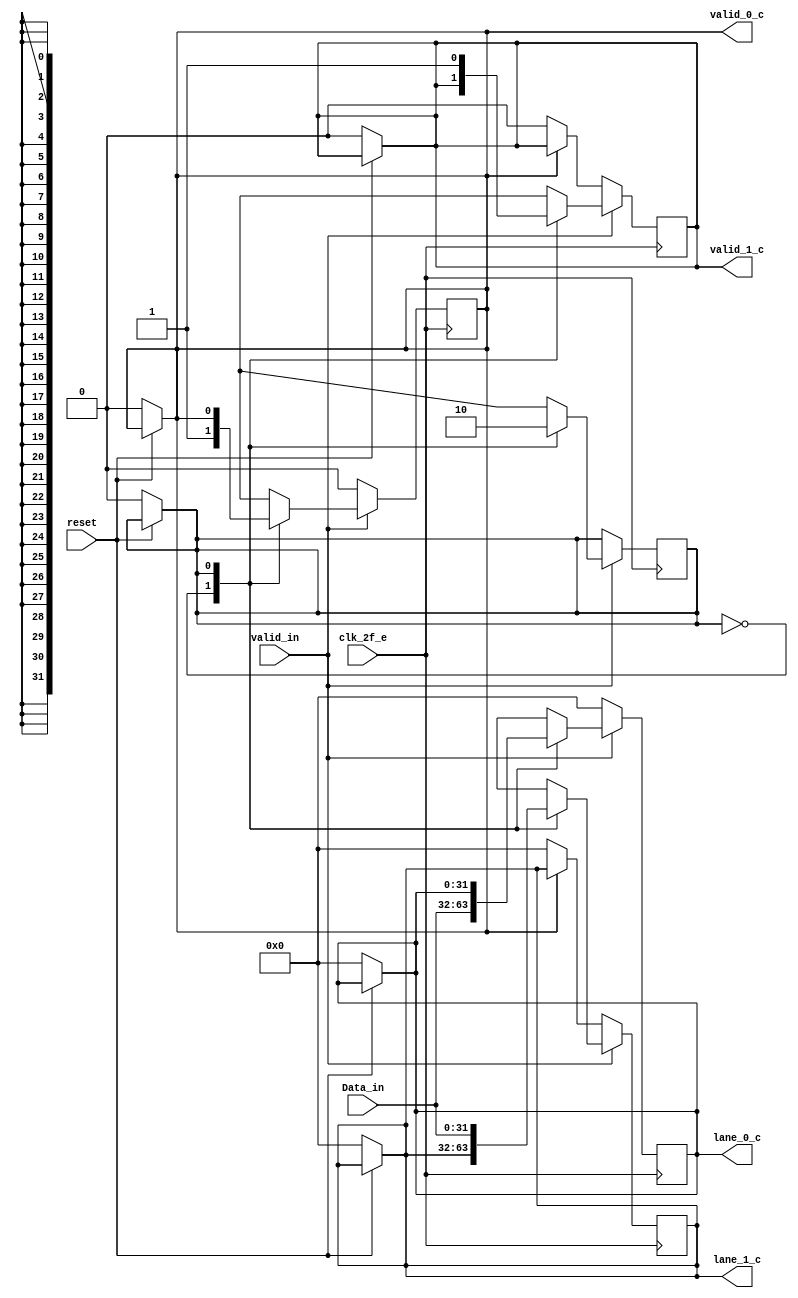
/* Generated by Yosys 0.9 (git sha1 1979e0b) */

(* src = "byte_striping_e.v:1" *)
module byte_striping_e(clk_2f_e, reset, valid_in, Data_in, valid_0_c, lane_0_c, valid_1_c, lane_1_c);
  (* src = "byte_striping_e.v:13" *)
  reg _00_;
  (* src = "byte_striping_e.v:13" *)
  reg [31:0] _01_;
  (* src = "byte_striping_e.v:13" *)
  reg [31:0] _02_;
  (* src = "byte_striping_e.v:13" *)
  reg _03_;
  (* src = "byte_striping_e.v:13" *)
  reg _04_;
  (* src = "byte_striping_e.v:23" *)
  reg _05_;
  (* src = "byte_striping_e.v:23" *)
  reg [31:0] _06_;
  (* src = "byte_striping_e.v:23" *)
  reg [31:0] _07_;
  (* src = "byte_striping_e.v:23" *)
  reg _08_;
  (* src = "byte_striping_e.v:23" *)
  reg _09_;
  (* src = "byte_striping_e.v:14" *)
  wire _10_;
  (* src = "byte_striping_e.v:43" *)
  wire _11_;
  (* src = "byte_striping_e.v:5" *)
  input [31:0] Data_in;
  (* src = "byte_striping_e.v:2" *)
  input clk_2f_e;
  (* src = "byte_striping_e.v:11" *)
  reg contador;
  (* src = "byte_striping_e.v:7" *)
  output [31:0] lane_0_c;
  reg [31:0] lane_0_c;
  (* src = "byte_striping_e.v:9" *)
  output [31:0] lane_1_c;
  reg [31:0] lane_1_c;
  (* src = "byte_striping_e.v:3" *)
  input reset;
  (* src = "byte_striping_e.v:6" *)
  output valid_0_c;
  reg valid_0_c;
  (* src = "byte_striping_e.v:8" *)
  output valid_1_c;
  reg valid_1_c;
  (* src = "byte_striping_e.v:4" *)
  input valid_in;
  assign _10_ = ~(* src = "byte_striping_e.v:14" *) reset;
  assign _11_ = ~(* src = "byte_striping_e.v:43" *) valid_0_c;
  always @* begin
    _04_ = valid_1_c;
    _02_ = lane_1_c;
    _00_ = contador;
    _03_ = valid_0_c;
    _01_ = lane_0_c;
    (* src = "byte_striping_e.v:14" *)
    casez (_10_)
      /* src = "byte_striping_e.v:14" */
      1'h1:
        begin
          _03_ = 1'h0;
          _01_ = 32'd0;
          _04_ = 1'h0;
          _02_ = 32'd0;
          _00_ = 1'h0;
        end
      default:
          /* empty */;
    endcase
  end
  always @* begin
      valid_1_c <= _04_;
      lane_1_c <= _02_;
      contador <= _00_;
      valid_0_c <= _03_;
      lane_0_c <= _01_;
  end
  always @* begin
    _09_ = valid_1_c;
    _07_ = lane_1_c;
    _05_ = contador;
    _08_ = valid_0_c;
    _06_ = lane_0_c;
    (* src = "byte_striping_e.v:24" *)
    casez (valid_in)
      /* src = "byte_striping_e.v:24" */
      1'h1:
          (* src = "byte_striping_e.v:25" *)
          casez (contador)
            /* src = "byte_striping_e.v:26" */
            1'h0:
              begin
                _05_ = 1'h1;
                _06_ = Data_in;
                _08_ = 1'h1;
              end
            /* src = "byte_striping_e.v:32" */
            1'h1:
              begin
                _05_ = 1'h0;
                _07_ = Data_in;
                _09_ = 1'h1;
              end
            default:
                /* empty */;
          endcase
      /* src = "byte_striping_e.v:40" */
      default:
        begin
          _08_ = 1'h0;
          _06_ = 32'd0;
          (* src = "byte_striping_e.v:43" *)
          casez (_11_)
            /* src = "byte_striping_e.v:43" */
            1'h1:
              begin
                _07_ = 32'd0;
                _09_ = 1'h0;
              end
            default:
                /* empty */;
          endcase
        end
    endcase
  end
  always @(posedge clk_2f_e) begin
      valid_1_c <= _09_;
      lane_1_c <= _07_;
      contador <= _05_;
      valid_0_c <= _08_;
      lane_0_c <= _06_;
  end
endmodule

(* src = "parallel_serial_e.v:1" *)
module parallel_serial_e(clk_32f, reset, valid_in, Data_in, Data_out_c);
  (* src = "parallel_serial_e.v:11" *)
  reg _0_;
  (* src = "parallel_serial_e.v:11" *)
  reg [2:0] _1_;
  (* src = "parallel_serial_e.v:11" *)
  reg [7:0] _2_;
  (* src = "parallel_serial_e.v:19" *)
  reg _3_;
  (* src = "parallel_serial_e.v:19" *)
  reg [2:0] _4_;
  (* src = "parallel_serial_e.v:19" *)
  reg [7:0] _5_;
  (* src = "parallel_serial_e.v:12" *)
  wire _6_;
  (* src = "parallel_serial_e.v:5" *)
  input [7:0] Data_in;
  (* src = "parallel_serial_e.v:6" *)
  output Data_out_c;
  reg Data_out_c;
  (* src = "parallel_serial_e.v:2" *)
  input clk_32f;
  (* src = "parallel_serial_e.v:9" *)
  reg [2:0] contador;
  (* src = "parallel_serial_e.v:8" *)
  reg [7:0] data2send;
  (* src = "parallel_serial_e.v:3" *)
  input reset;
  (* src = "parallel_serial_e.v:4" *)
  input valid_in;
  assign _6_ = ~(* src = "parallel_serial_e.v:12" *) reset;
  always @* begin
    _1_ = contador;
    _0_ = Data_out_c;
    _2_ = data2send;
    (* src = "parallel_serial_e.v:12" *)
    casez (_6_)
      /* src = "parallel_serial_e.v:12" */
      1'h1:
        begin
          _0_ = 1'h0;
          _2_ = 8'hbc;
          _1_ = 3'h0;
        end
      default:
          /* empty */;
    endcase
  end
  always @* begin
      contador <= _1_;
      Data_out_c <= _0_;
      data2send <= _2_;
  end
  always @* begin
    _4_ = contador;
    _3_ = Data_out_c;
    _5_ = data2send;
    (* src = "parallel_serial_e.v:20" *)
    casez (contador)
      /* src = "parallel_serial_e.v:21" */
      3'h0:
        begin
          _3_ = data2send[7];
          _4_ = 3'h1;
        end
      /* src = "parallel_serial_e.v:26" */
      3'h1:
        begin
          _3_ = data2send[6];
          _4_ = 3'h2;
        end
      /* src = "parallel_serial_e.v:31" */
      3'h2:
        begin
          _3_ = data2send[5];
          _4_ = 3'h3;
        end
      /* src = "parallel_serial_e.v:36" */
      3'h3:
        begin
          _3_ = data2send[4];
          _4_ = 3'h4;
        end
      /* src = "parallel_serial_e.v:41" */
      3'h4:
        begin
          _3_ = data2send[3];
          _4_ = 3'h5;
        end
      /* src = "parallel_serial_e.v:46" */
      3'h5:
        begin
          _3_ = data2send[2];
          _4_ = 3'h6;
        end
      /* src = "parallel_serial_e.v:51" */
      3'h6:
        begin
          _3_ = data2send[1];
          _4_ = 3'h7;
        end
      /* src = "parallel_serial_e.v:56" */
      3'h7:
        begin
          _3_ = data2send[0];
          _4_ = 3'h0;
          (* src = "parallel_serial_e.v:60" *)
          casez (valid_in)
            /* src = "parallel_serial_e.v:60" */
            1'h1:
                _5_ = Data_in;
            /* src = "parallel_serial_e.v:61" */
            default:
                _5_ = 8'hbc;
          endcase
        end
      default:
          /* empty */;
    endcase
  end
  always @(posedge clk_32f) begin
      contador <= _4_;
      Data_out_c <= _3_;
      data2send <= _5_;
  end
endmodule

(* top =  1  *)
(* src = "phy_tx_e.v:5" *)
module phy_tx_e(clk_32f, clk_2f_e, clk_4f_e, reset, valid_in, Data_in, Data_out_1bit_0_e, Data_out_1bit_1_e);
  (* src = "phy_tx_e.v:30" *)
  reg _0_;
  (* src = "phy_tx_e.v:30" *)
  reg _1_;
  (* src = "phy_tx_e.v:11" *)
  input [31:0] Data_in;
  (* src = "phy_tx_e.v:24" *)
  wire [7:0] Data_out_0_c;
  (* src = "phy_tx_e.v:26" *)
  wire [7:0] Data_out_1_c;
  (* src = "phy_tx_e.v:12" *)
  output Data_out_1bit_0_e;
  reg Data_out_1bit_0_e;
  (* src = "phy_tx_e.v:13" *)
  output Data_out_1bit_1_e;
  reg Data_out_1bit_1_e;
  (* src = "phy_tx_e.v:27" *)
  wire Out_0_c;
  (* src = "phy_tx_e.v:28" *)
  wire Out_1_c;
  (* src = "phy_tx_e.v:7" *)
  input clk_2f_e;
  (* src = "phy_tx_e.v:6" *)
  input clk_32f;
  (* src = "phy_tx_e.v:8" *)
  input clk_4f_e;
  (* src = "phy_tx_e.v:20" *)
  wire [31:0] lane_0_c;
  (* src = "phy_tx_e.v:22" *)
  wire [31:0] lane_1_c;
  (* src = "phy_tx_e.v:9" *)
  input reset;
  (* src = "phy_tx_e.v:19" *)
  wire valid_0_c;
  (* src = "phy_tx_e.v:21" *)
  wire valid_1_c;
  (* src = "phy_tx_e.v:10" *)
  input valid_in;
  (* src = "phy_tx_e.v:23" *)
  wire valid_out_0_c;
  (* src = "phy_tx_e.v:25" *)
  wire valid_out_1_c;
  (* module_not_derived = 32'd1 *)
  (* src = "phy_tx_e.v:35" *)
  byte_striping_e byte_striping_1 (
    .Data_in(Data_in),
    .clk_2f_e(clk_2f_e),
    .lane_0_c(lane_0_c),
    .lane_1_c(lane_1_c),
    .reset(reset),
    .valid_0_c(valid_0_c),
    .valid_1_c(valid_1_c),
    .valid_in(valid_in)
  );
  (* module_not_derived = 32'd1 *)
  (* src = "phy_tx_e.v:70" *)
  parallel_serial_e parallel_serial_e1 (
    .Data_in(Data_out_0_c),
    .Data_out_c(Out_0_c),
    .clk_32f(clk_32f),
    .reset(reset),
    .valid_in(valid_out_0_c)
  );
  (* module_not_derived = 32'd1 *)
  (* src = "phy_tx_e.v:80" *)
  parallel_serial_e parallel_serial_e2 (
    .Data_in(Data_out_1_c),
    .Data_out_c(Out_1_c),
    .clk_32f(clk_32f),
    .reset(reset),
    .valid_in(valid_out_1_c)
  );
  (* module_not_derived = 32'd1 *)
  (* src = "phy_tx_e.v:48" *)
  word32_8bits_e word32_8bits_1 (
    .Data_in(lane_0_c),
    .Data_out_c(Data_out_0_c),
    .clk_4f_e(clk_4f_e),
    .reset(reset),
    .valid_in(valid_0_c),
    .valid_out_c(valid_out_0_c)
  );
  (* module_not_derived = 32'd1 *)
  (* src = "phy_tx_e.v:59" *)
  word32_8bits_e word32_8bits_2 (
    .Data_in(lane_1_c),
    .Data_out_c(Data_out_1_c),
    .clk_4f_e(clk_4f_e),
    .reset(reset),
    .valid_in(valid_1_c),
    .valid_out_c(valid_out_1_c)
  );
  always @* begin
    _0_ = Out_0_c;
    _1_ = Out_1_c;
  end
  always @* begin
      Data_out_1bit_0_e <= _0_;
      Data_out_1bit_1_e <= _1_;
  end
endmodule

(* src = "word32_8bits_e.v:1" *)
module word32_8bits_e(clk_4f_e, reset, valid_in, Data_in, valid_out_c, Data_out_c);
  (* src = "word32_8bits_e.v:11" *)
  reg [7:0] _0_;
  (* src = "word32_8bits_e.v:11" *)
  reg [1:0] _1_;
  (* src = "word32_8bits_e.v:11" *)
  reg _2_;
  (* src = "word32_8bits_e.v:19" *)
  reg [7:0] _3_;
  (* src = "word32_8bits_e.v:19" *)
  reg [1:0] _4_;
  (* src = "word32_8bits_e.v:19" *)
  reg _5_;
  (* src = "word32_8bits_e.v:12" *)
  wire _6_;
  (* src = "word32_8bits_e.v:5" *)
  input [31:0] Data_in;
  (* src = "word32_8bits_e.v:7" *)
  output [7:0] Data_out_c;
  reg [7:0] Data_out_c;
  (* src = "word32_8bits_e.v:2" *)
  input clk_4f_e;
  (* src = "word32_8bits_e.v:9" *)
  reg [1:0] contador;
  (* src = "word32_8bits_e.v:3" *)
  input reset;
  (* src = "word32_8bits_e.v:4" *)
  input valid_in;
  (* src = "word32_8bits_e.v:6" *)
  output valid_out_c;
  reg valid_out_c;
  assign _6_ = ~(* src = "word32_8bits_e.v:12" *) reset;
  always @* begin
    _1_ = contador;
    _2_ = valid_out_c;
    _0_ = Data_out_c;
    (* src = "word32_8bits_e.v:12" *)
    casez (_6_)
      /* src = "word32_8bits_e.v:12" */
      1'h1:
        begin
          _1_ = 2'h0;
          _2_ = 1'h0;
          _0_ = 8'h00;
        end
      default:
          /* empty */;
    endcase
  end
  always @* begin
      contador <= _1_;
      valid_out_c <= _2_;
      Data_out_c <= _0_;
  end
  always @* begin
    _4_ = contador;
    _5_ = valid_out_c;
    _3_ = Data_out_c;
    (* src = "word32_8bits_e.v:20" *)
    casez (valid_in)
      /* src = "word32_8bits_e.v:20" */
      1'h1:
          (* src = "word32_8bits_e.v:21" *)
          casez (contador)
            /* src = "word32_8bits_e.v:22" */
            2'h0:
              begin
                _3_ = Data_in[31:24];
                _4_ = 2'h1;
                _5_ = 1'h1;
              end
            /* src = "word32_8bits_e.v:28" */
            2'h1:
              begin
                _3_ = Data_in[23:16];
                _4_ = 2'h2;
                _5_ = 1'h1;
              end
            /* src = "word32_8bits_e.v:34" */
            2'h2:
              begin
                _3_ = Data_in[15:8];
                _4_ = 2'h3;
                _5_ = 1'h1;
              end
            /* src = "word32_8bits_e.v:40" */
            2'h3:
              begin
                _3_ = Data_in[7:0];
                _4_ = 2'h0;
                _5_ = 1'h1;
              end
            default:
                /* empty */;
          endcase
      /* src = "word32_8bits_e.v:48" */
      default:
        begin
          _4_ = 2'h0;
          _5_ = 1'h0;
          _3_ = 8'h00;
        end
    endcase
  end
  always @(posedge clk_4f_e) begin
      contador <= _4_;
      valid_out_c <= _5_;
      Data_out_c <= _3_;
  end
endmodule